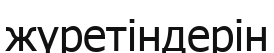
жүретіндерін